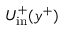
U _ { \mathrm { i n } } ^ { + } ( y ^ { + } )